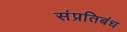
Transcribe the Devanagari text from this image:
संप्रतिबंध